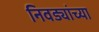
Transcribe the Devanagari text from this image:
निवड्यांच्या